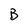
Character: B